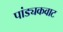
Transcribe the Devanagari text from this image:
पांड्यकवाट